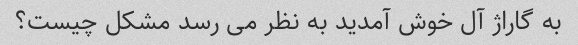
به گاراژ آل خوش آمدید به نظر می رسد مشکل چیست؟